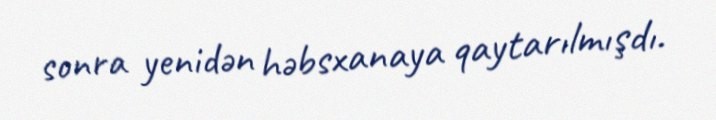
sonra yenidən həbsxanaya qaytarılmışdı.